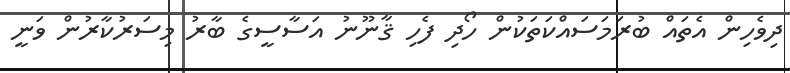
ދިވެހިން އެތައް ބުރަމަސައްކަތަކުން ހޯދި ފެހި ޤާނޫނު އަސާސީގެ ބާރު މިސަރުކާރުން ވަނީ